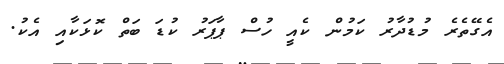
އެގޭތެރެ މުޑުދާރު ކަމުން ކެއީ ހުސް ޕާޕަރު ކުޑަ ބަތް ކޮޅަކާއި އެކު.